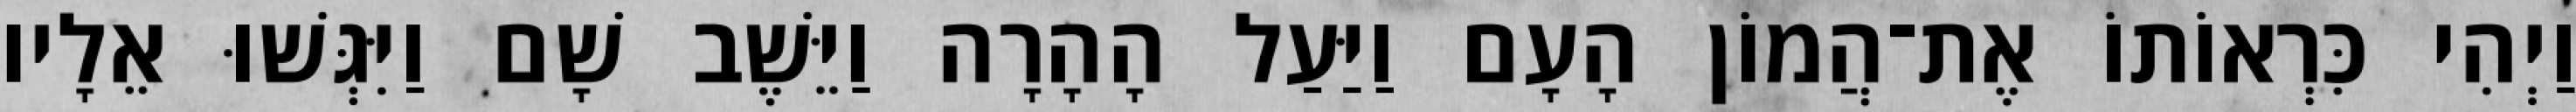
וַיְהִי כִּרְאוֹתוֹ אֶת־הֲמוֹן הָעָם וַיַּעַל הָהָרָה וַיֵּשֶׁב שָׁם וַיִּגְּשׁוּ אֵלָיו